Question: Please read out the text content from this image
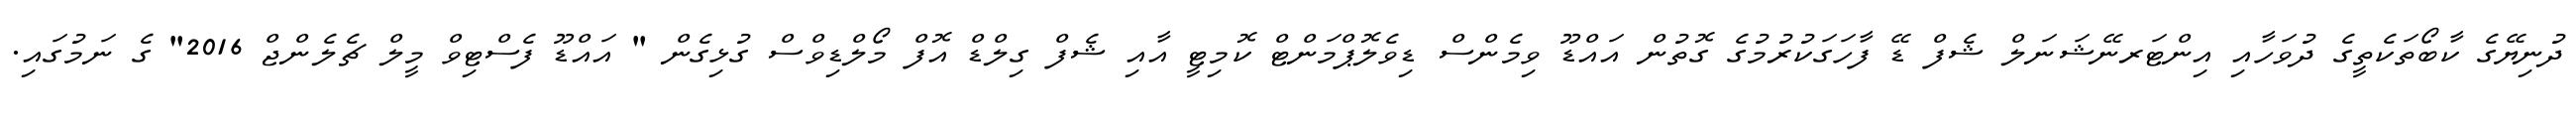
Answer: ދުނިޔޭގެ ކާބޯތަކެތީގެ ދުވަހާއި އިންޓަރނޭޝަނަލް ޝެފް ޑޭ ފާހަގަކުރުމުގެ ގޮތުން އައްޑޫ ވިމެންސް ޑިވެލޮޕްމަންޓް ކޮމިޓީ އާއި ޝެފް ގިލްޑް އޮފް މޯލްޑިވްސް ގުޅިގެން " އައްޑޫ ފެސްޓިވް މީލް ޗެލެންޖް 2016" ގެ ނަމުގައި.